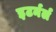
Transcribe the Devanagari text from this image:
इटर्नर्ल